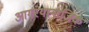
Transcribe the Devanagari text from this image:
आगरेयानाजिक